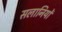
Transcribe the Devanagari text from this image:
सलानियों